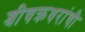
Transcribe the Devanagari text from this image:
श्रीचक्रधरांची